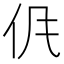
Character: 𱎤